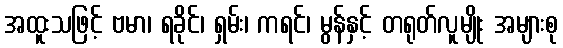
အထူးသဖြင့် ဗမာ၊ ရခိုင်၊ ရှမ်း၊ ကရင်၊ မွန်နှင့် တရုတ်လူမျိုး အများစု